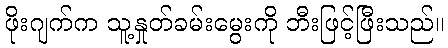
ဖိုးဂျက်က သူ့နှုတ်ခမ်းမွေးကို ဘီးဖြင့်ဖြီးသည်။